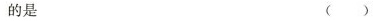
的是 ( )